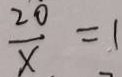
\frac { 2 0 } { x } = 1